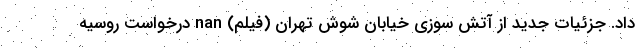
داد. جزئیات جدید از آتش سوزی خیابان شوش تهران (فیلم) nan درخواست روسیه